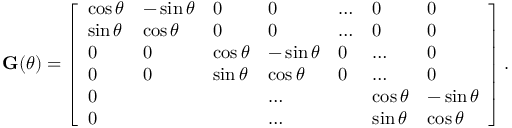
\mathbf G ( \theta ) = \left[ \begin{array} { l l l l l l l } { \cos { \theta } } & { - \sin { \theta } } & { 0 } & { 0 } & { \dots } & { 0 } & { 0 } \\ { \sin { \theta } } & { \cos { \theta } } & { 0 } & { 0 } & { \dots } & { 0 } & { 0 } \\ { 0 } & { 0 } & { \cos { \theta } } & { - \sin { \theta } } & { 0 } & { \dots } & { 0 } \\ { 0 } & { 0 } & { \sin { \theta } } & { \cos { \theta } } & { 0 } & { \dots } & { 0 } \\ { 0 } & { } & { } & { \dots } & { } & { \cos { \theta } } & { - \sin { \theta } } \\ { 0 } & { } & { } & { \dots } & { } & { \sin { \theta } } & { \cos { \theta } } \end{array} \right] .